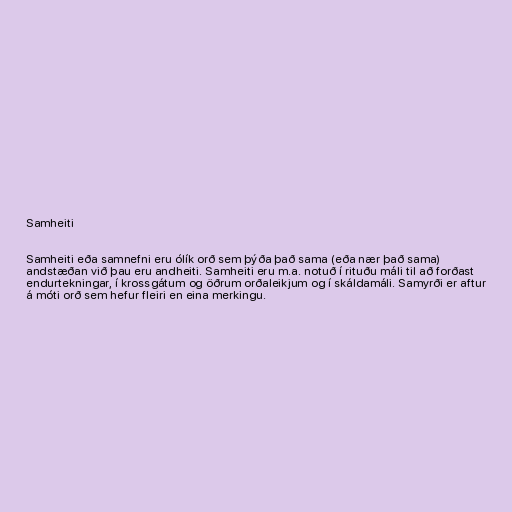
Samheiti

Samheiti eða samnefni eru ólík orð sem þýða það sama (eða nær það sama)
andstæðan við þau eru andheiti. Samheiti eru m.a. notuð í rituðu máli til að forðast
endurtekningar, í krossgátum og öðrum orðaleikjum og í skáldamáli. Samyrði er aftur
á móti orð sem hefur fleiri en eina merkingu.